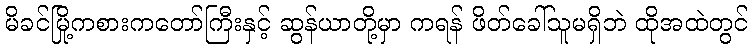
မိခင်မြို့ကစားကတော်ကြီးနှင့် ဆွန်ယာတို့မှာ ကရန် ဖိတ်ခေါ်သူမရှိဘဲ ထိုအထဲတွင်